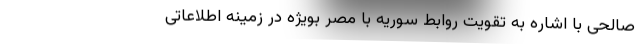
صالحی با اشاره به تقویت روابط سوریه با مصر بویژه در زمینه اطلاعاتی